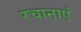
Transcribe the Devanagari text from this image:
रचानाएं